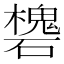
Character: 𥖸